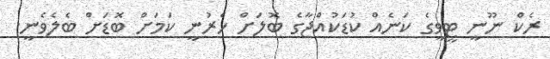
ރެކް ނޫނީ ޓީވީގެ ކަނެއް ކުޑަކުއްޖާގެ ބޮލަށް ހެރުނީ ކަމަށް ބޮޑަށް ބެލެވެނީ.